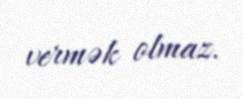
vermək olmaz.